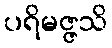
ပရိမဇ္ဇသိ